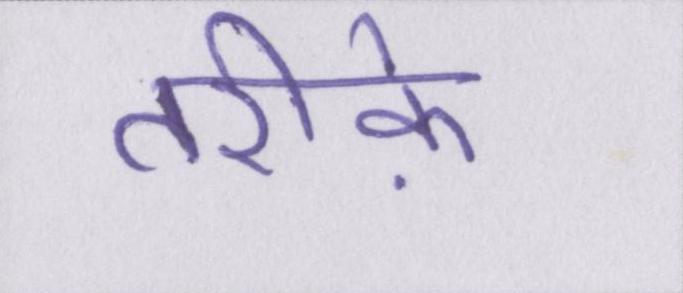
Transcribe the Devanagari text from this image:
तरीके़